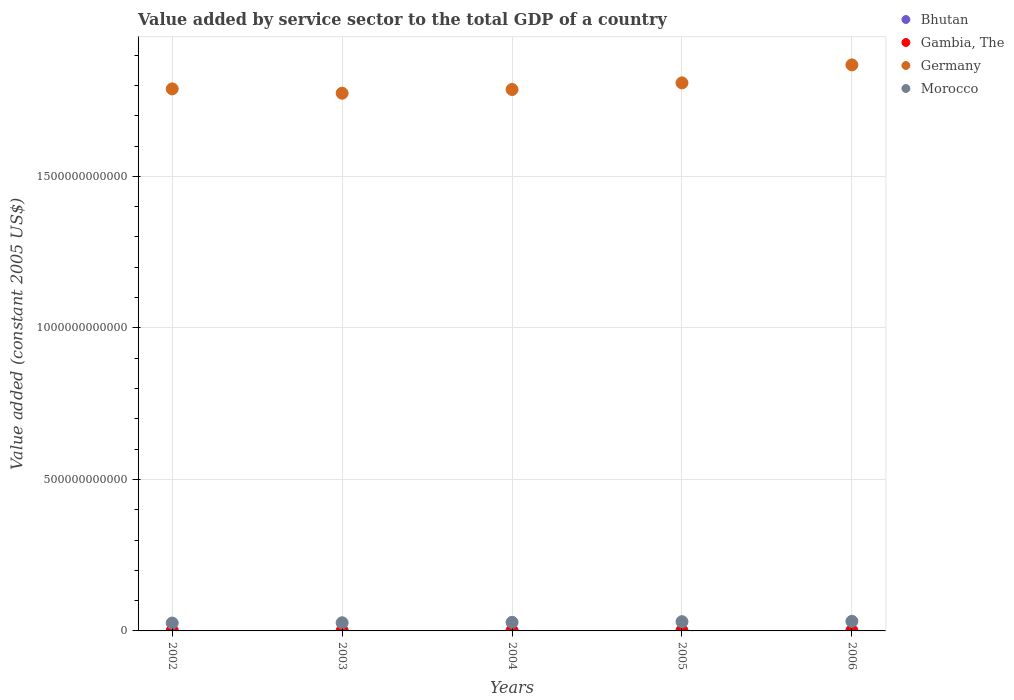
| Years | Bhutan | Gambia, The | Germany | Morocco |
 | --- | --- | --- | --- | --- |
 | 2002 | 2.24e+08 | 3.03e+08 | 1.79e+12 | 2.6e+10 |
 | 2003 | 2.45e+08 | 3.12e+08 | 1.77e+12 | 2.69e+10 |
 | 2004 | 2.72e+08 | 3.37e+08 | 1.79e+12 | 2.83e+10 |
 | 2005 | 3.12e+08 | 3.33e+08 | 1.81e+12 | 3.05e+10 |
 | 2006 | 3.37e+08 | 3.59e+08 | 1.87e+12 | 3.17e+10 |